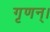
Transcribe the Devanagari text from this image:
गृणन्।